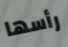
رأسها